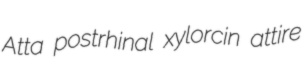
Atta postrhinal xylorcin attire